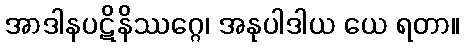
အာဒါနပဋိနိဿဂ္ဂေ၊ အနုပါဒါယ ယေ ရတာ။